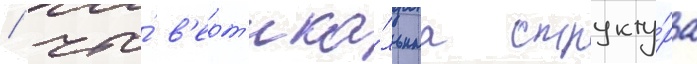
/ что́ в'ерт'ика́льнаа структу́ра